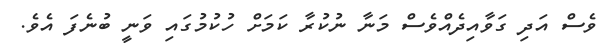
ވެސް އަދި ގަވާއިދެއްވެސް މަނާ ނުކުރާ ކަމަށް ހުކުމުގައި ވަނީ ބުނެފަ އެވެ.